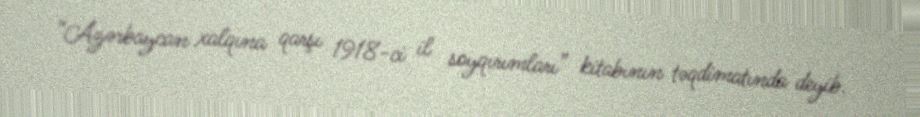
“Azərbaycan xalqına qarşı 1918-ci il soyqırımları” kitabının təqdimatında deyib.